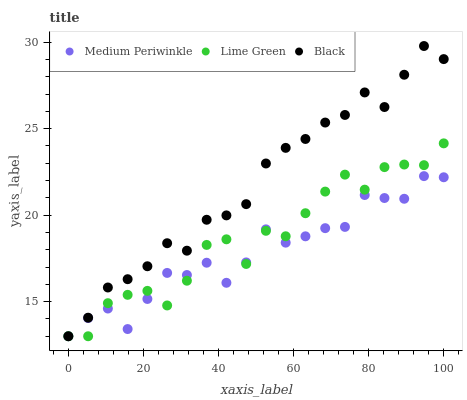
| xaxis_label | Medium Periwinkle | Lime Green | Black |
 | --- | --- | --- | --- |
 | 0 | 13 | 13 | 13 |
 | 5.26 | 14.1 | 13 | 14.1 |
 | 10.5 | 14.6 | 14.9 | 15.8 |
 | 15.8 | 13.4 | 15.4 | 16.3 |
 | 21.1 | 15.2 | 15.6 | 17 |
 | 26.3 | 16.7 | 14.8 | 18.4 |
 | 31.6 | 16.5 | 16.2 | 17.9 |
 | 36.8 | 17.3 | 18.3 | 19.7 |
 | 42.1 | 16.1 | 18.6 | 20 |
 | 47.4 | 17.3 | 17.2 | 20.6 |
 | 52.6 | 19.2 | 19.1 | 23 |
 | 57.9 | 18.4 | 18.8 | 23.9 |
 | 63.2 | 18.8 | 20.1 | 24.4 |
 | 68.4 | 19.2 | 21.4 | 25.4 |
 | 73.7 | 19.3 | 22.3 | 25.8 |
 | 78.9 | 21.2 | 21.5 | 27.1 |
 | 84.2 | 21 | 22.8 | 26.3 |
 | 89.5 | 20.9 | 22.9 | 28.1 |
 | 94.7 | 22.3 | 22.9 | 29.8 |
 | 100 | 22.2 | 24.2 | 29 |